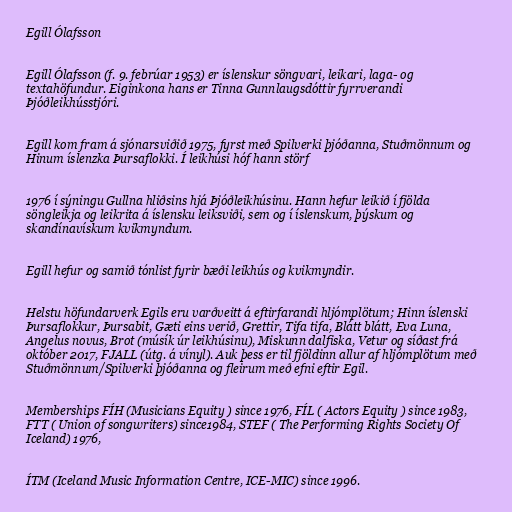
Egill Ólafsson

Egill Ólafsson (f. 9. febrúar 1953) er íslenskur söngvari, leikari, laga- og
textahöfundur. Eiginkona hans er Tinna Gunnlaugsdóttir fyrrverandi
Þjóðleikhússtjóri.

Egill kom fram á sjónarsviðið 1975, fyrst með Spilverki þjóðanna, Stuðmönnum og
Hinum íslenzka Þursaflokki. Í leikhúsi hóf hann störf

1976 í sýningu Gullna hliðsins hjá Þjóðleikhúsinu. Hann hefur leikið í fjölda
söngleikja og leikrita á íslensku leiksviði, sem og í íslenskum, þýskum og
skandínavískum kvikmyndum.

Egill hefur og samið tónlist fyrir bæði leikhús og kvikmyndir.

Helstu höfundarverk Egils eru varðveitt á eftirfarandi hljómplötum; Hinn íslenski
Þursaflokkur, Þursabit, Gæti eins verið, Grettir, Tifa tifa, Blátt blátt, Eva Luna,
Angelus novus, Brot (músík úr leikhúsinu), Miskunn dalfiska, Vetur og síðast frá
október 2017, FJALL (útg. á vínyl). Auk þess er til fjöldinn allur af hljómplötum með
Stuðmönnum/Spilverki þjóðanna og fleirum með efni eftir Egil.

Memberships FÍH (Musicians Equity ) since 1976, FÍL ( Actors Equity ) since 1983,
FTT ( Union of songwriters) since1984, STEF ( The Performing Rights Society Of
Iceland) 1976,

ÍTM (Iceland Music Information Centre, ICE-MIC) since 1996.